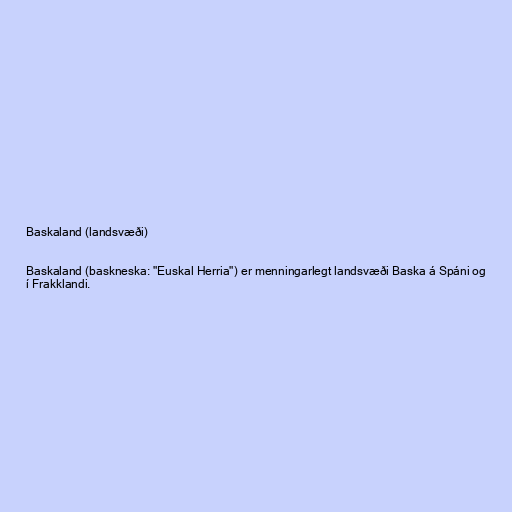
Baskaland (landsvæði)

Baskaland (baskneska: "Euskal Herria") er menningarlegt landsvæði Baska á Spáni og
í Frakklandi.